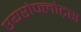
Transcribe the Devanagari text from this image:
एयरोफ्लोट्स